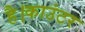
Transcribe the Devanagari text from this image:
है।काउंटर